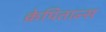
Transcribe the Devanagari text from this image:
क्रेपितान्स